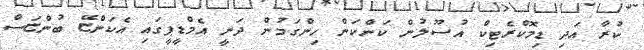
ކުރާ އަދި ޑިމޮކްރެޓިކް އުސޫލުން ކަންކަން ހިންގަމުން ދަނީ އެމްޑީޕީގައި އެކަންޏޭ ބުންޏަސް